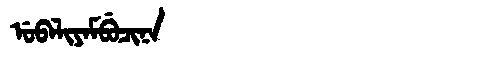
Manchu: ᡠᠪᠠᠯᡳᠶᠠᠮᠪᡠᠴᡳᠨᠠ
Romanization: UBALIYAMBUCINA